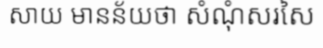
សាយ មានន័យថា សំណុំសរសៃ